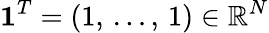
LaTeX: \mathbf{1}^{T}=(1,\, \dots,\, 1)\in\mathbb{R}^{N}